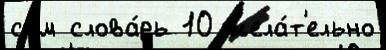
сам слова́рь 10 жела́т'ельно